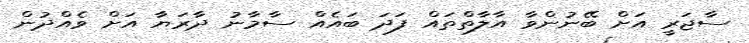
ސާޖަރީ އަށް ބޭނުންވާ އާލާތްތައް ފަދަ ބައެއް ސާމާނު ދާރަޔާ އަށް ވެއްދުން